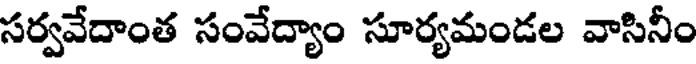
సర్వవేదాంత సంవేద్యాం సూర్యమండల వాసినీం